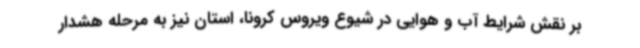
بر نقش شرایط آب و هوایی در شیوع ویروس کرونا، استان نیز به مرحله هشدار